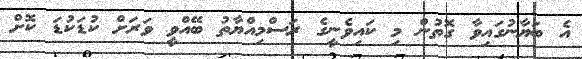
އެ ބަޔާނުގައިވާ ގޮތުން މި ކައިވެނީގެ ރަސްމިއްޔާތު ބޭއްވީ ވަރަށް ކުޑަކުޑަ ކޮށް